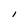
Character: I